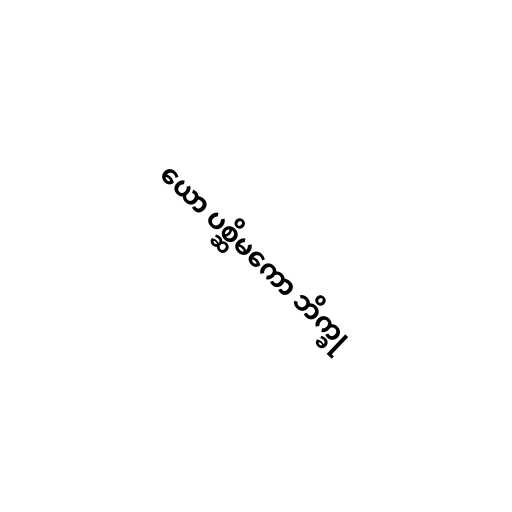
ယော ပစ္ဆိမကော ဘိက္ခု